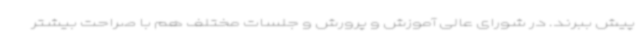
پیش ببرند. در شورای عالی آموزش و پرورش و جلسات مختلف هم با صراحت بیشتر